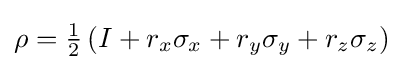
\rho ={\tfrac {1}{2}}\left(I+r_{x}\sigma _{x}+r_{y}\sigma _{y}+r_{z}\sigma _{z}\right)